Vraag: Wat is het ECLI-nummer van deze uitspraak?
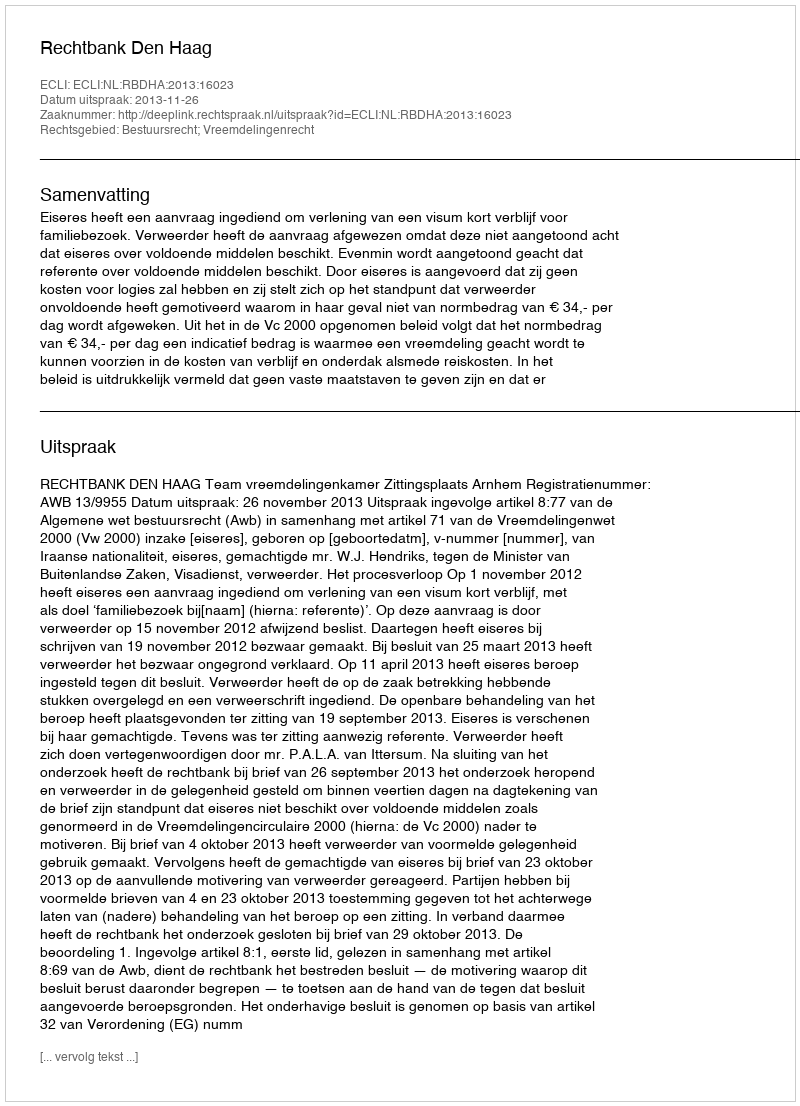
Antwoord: ECLI:NL:RBDHA:2013:16023